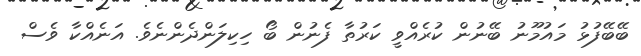
ބޭބޭފުޅު މައުމޫނު ބޭނުން ކުރެއްވީ ކަރުތާ ފެނުން ބޯ ހިކިލަންދެންނެވެ. އަނެއްކާ ވެސް